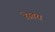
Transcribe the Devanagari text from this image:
रेस्तरा